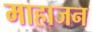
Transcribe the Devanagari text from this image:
माहाजन